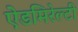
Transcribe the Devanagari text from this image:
ऐडमिरेल्टी